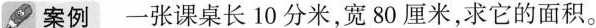
案例一张课桌长10分米，宽80厘米，求它的面积。